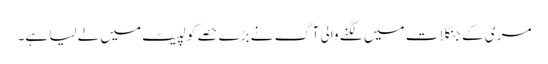
مری کے جنگلات میں لگنے والی آگ نے بڑے حصے کو لپیٹ میں لے لیا ہے۔